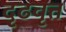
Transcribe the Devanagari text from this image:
दृढवृत्त